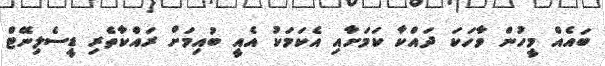
ބައެއް މީހުން ވާހަކަ ދައްކާ ކަމަށާއި އެކަމަކު އެއީ ބުއިމަށް ރައްކާތެރި ޑީސެލިނޭޓް